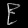
Digit: ၉